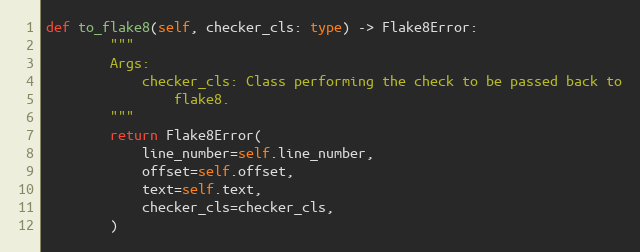
Language: Python
def to_flake8(self, checker_cls: type) -> Flake8Error:
        """
        Args:
            checker_cls: Class performing the check to be passed back to
                flake8.
        """
        return Flake8Error(
            line_number=self.line_number,
            offset=self.offset,
            text=self.text,
            checker_cls=checker_cls,
        )